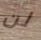
لن